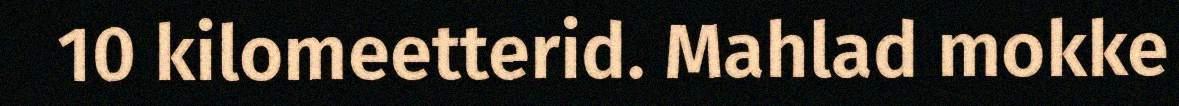
10 kilomeetterid. Mahlad mokke